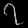
Digit: ၇